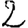
Digit: 2